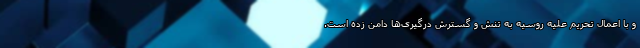
و با اعمال تحریم‌ علیه روسیه به تنش‌ و گسترش درگیری‌ها دامن زده است.